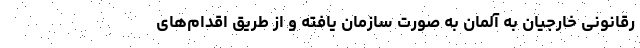
رقانونی خارجیان به آلمان به صورت سازمان یافته و از طریق اقدام‌های